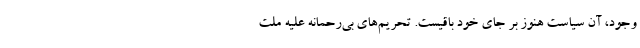
وجود، آن سیاست هنوز بر جای خود باقیست. تحریم‌های بی‌رحمانه علیه ملت